King Institute of Preventive Medicine Micro-Biological Section reports 1909-11
Year: 1909
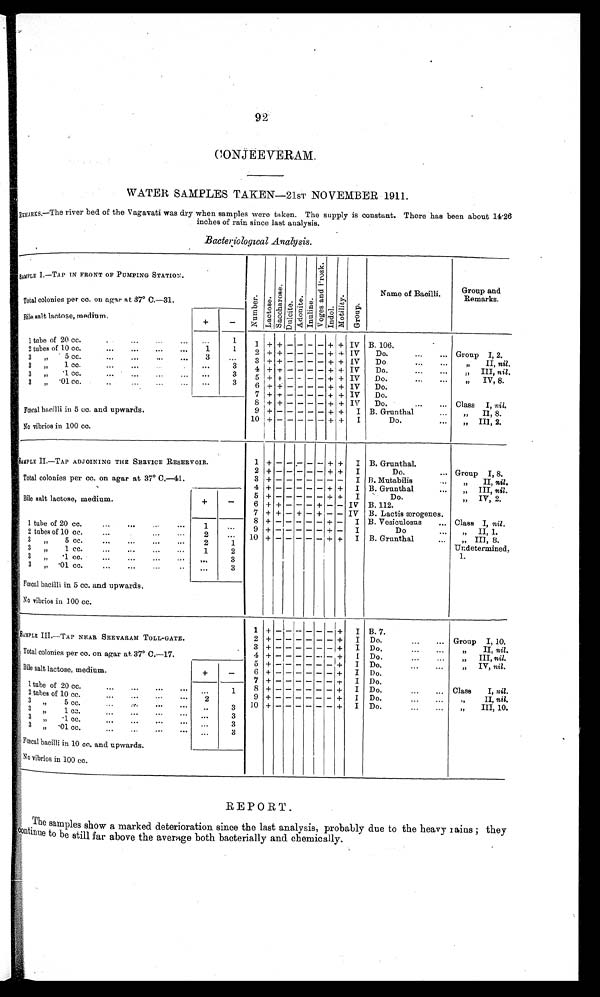
92
CONJEEVERAM.
WATER SAMPLES TAKEN—21ST NOVEMBER 1911.
REMARKS.—The river bed of the Vagavati was dry when samples were taken. The supply is constant. There has been about 14·26
inches of rain since last analysis.
Bacteriological Analysis .